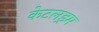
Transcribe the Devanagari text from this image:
केटलड्रम